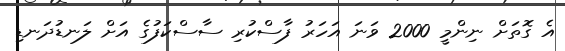
އެ ގޮތަށް ނިންމީ 2000 ވަނަ އަހަރު ފާސްކުރި ސާސްކަފުގެ އަށް ލަނޑުދަނޑި